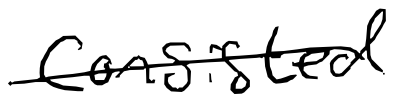
Text: consisted
Cross-out: single-line
Writing tool: digital_black